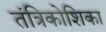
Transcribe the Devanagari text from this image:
तंत्रिकोशिका